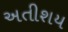
અતીશય